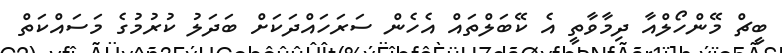
ބީޗް މޭންހޯލްއާ ދިމާވާތީ އެ ކޭބަލްތައް އެހެން ސަރަހައްދަކަށް ބަދަލު ކުރުމުގެ މަސައްކަތް